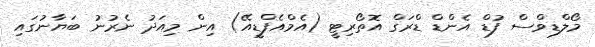
މޯލްޑިވްސް ފުޑް އެންޑް ޑްރަގް އޮތޯރިޓީ (އެމްއެފްޑީއޭ) އިން މިއަދު ނެރުނު ބަޔާނުގައި